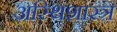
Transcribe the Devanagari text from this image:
अस्थिशास्त्र